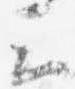
云